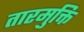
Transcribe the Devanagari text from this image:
तारमुक्ति